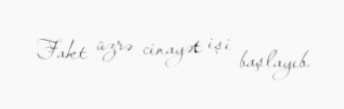
Fakt üzrə cinayət işi başlayıb.